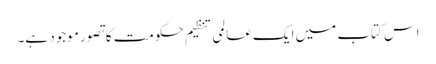
اس کتاب میں ایک عالمی تنظیم حکومت کا تصور موجود ہے۔